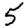
Digit: 5